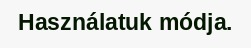
Használatuk módja.